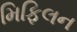
મિફિલન